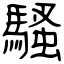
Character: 騷